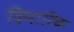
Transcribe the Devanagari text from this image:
दिनारिक